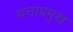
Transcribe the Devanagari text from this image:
सत्ताप्रमुख